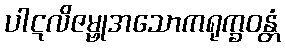
ပါဋလိဇမ္ဗုအသောကရုက္ခဝန္တံ